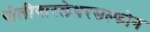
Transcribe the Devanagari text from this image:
पोलीयारलेथरसल्फोन